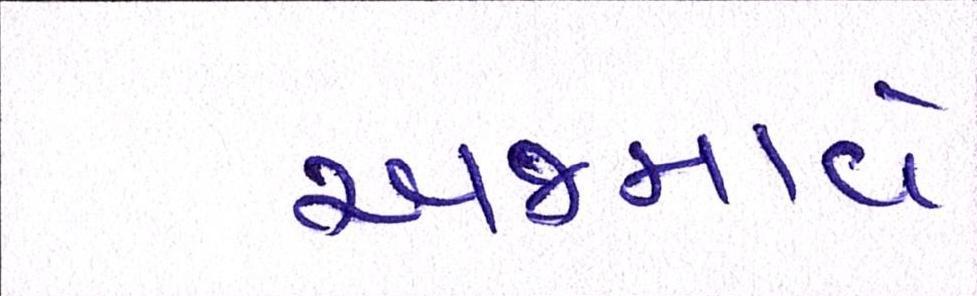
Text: અજમાવે